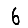
Digit: 6